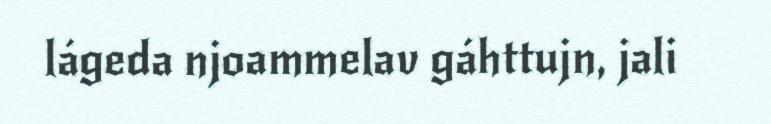
lágeda njoammelav gáhttujn, jali